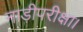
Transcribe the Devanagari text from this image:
नाड़ीपरीक्षा।